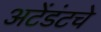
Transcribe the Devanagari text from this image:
अटेंडंटचे